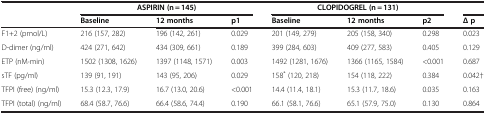
|  | <COLSPAN=3> ASPIRIN (n = 145) | <COLSPAN=3> CLOPIDOGREL (n = 131) |  |
 |  | Baseline | 12 months | p1 | Baseline | 12 months | p2 | Δ p |
 | --- | --- | --- | --- | --- | --- | --- | --- |
 | F1+2 (pmol/L) | 216 (157, 282) | 196 (142, 261) | 0.029 | 201 (149, 279) | 205 (158, 340) | 0.298 | 0.023 |
 | D-dimer (ng/ml) | 424 (271, 642) | 434 (309, 661) | 0.189 | 399 (284, 603) | 409 (277, 583) | 0.405 | 0.129 |
 | ETP (nM·min) | 1502 (1308, 1626) | 1397 (1148, 1571) | 0.003 | 1492 (1281, 1676) | 1366 (1165, 1584) | <0.001 | 0.687 |
 | sTF (pg/ml) | 139 (91, 191) | 143 (95, 206) | 0.029 | 158* (120, 218) | 154 (118, 222) | 0.384 | 0.042† |
 | TFPI (free) (ng/ml) | 15.3 (12.3, 17.9) | 16.7 (13.0, 20.6) | <0.001 | 14.4 (11.4, 18.1) | 15.3 (11.7, 18.6) | 0.035 | 0.163 |
 | TFPI (total) (ng/ml) | 68.4 (58.7, 76.6) | 66.4 (58.6, 74.4) | 0.190 | 66.1 (58.1, 76.6) | 65.1 (57.9, 75.0) | 0.130 | 0.864 |